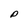
Character: P